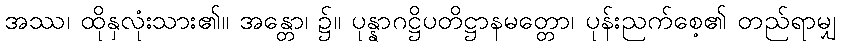
အဿ၊ ထိုနှလုံးသား၏။ အန္တော၊ ၌။ ပုန္နာဂဋ္ဌိပတိဋ္ဌာနမတ္တော၊ ပုန်းညက်စေ့၏ တည်ရာမျှ